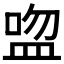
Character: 𥁴